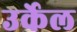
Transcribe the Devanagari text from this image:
उर्केल